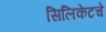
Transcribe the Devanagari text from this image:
सिलिकेटचे